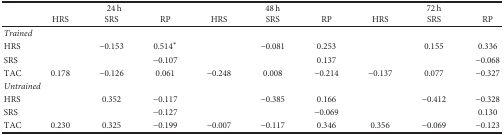
<table><thead><tr><td rowspan="2"></td><td colspan="3"><b>24 h</b></td><td colspan="3"><b>48 h</b></td><td colspan="3"><b>72 h</b></td></tr><tr><td><b>HRS</b></td><td><b>SRS</b></td><td><b>RP</b></td><td><b>HRS</b></td><td><b>SRS</b></td><td><b>RP</b></td><td><b>HRS</b></td><td><b>SRS</b></td><td><b>RP</b></td></tr></thead><tbody><tr><td colspan="10"><i>Trained</i></td></tr><tr><td>HRS</td><td></td><td>−0.153</td><td>0.514<sup>∗</sup></td><td></td><td>−0.081</td><td>0.253</td><td></td><td>0.155</td><td>0.336</td></tr><tr><td>SRS</td><td></td><td></td><td>−0.107</td><td></td><td></td><td>0.137</td><td></td><td></td><td>−0.068</td></tr><tr><td>TAC</td><td>0.178</td><td>−0.126</td><td>0.061</td><td>−0.248</td><td>0.008</td><td>−0.214</td><td>−0.137</td><td>0.077</td><td>−0.327</td></tr><tr><td colspan="10"><i>Untrained</i></td></tr><tr><td>HRS</td><td></td><td>0.352</td><td>−0.117</td><td></td><td>−0.385</td><td>0.166</td><td></td><td>−0.412</td><td>−0.328</td></tr><tr><td>SRS</td><td></td><td></td><td>−0.127</td><td></td><td></td><td>−0.069</td><td></td><td></td><td>0.130</td></tr><tr><td>TAC</td><td>0.230</td><td>0.325</td><td>−0.199</td><td>−0.007</td><td>−0.117</td><td>0.346</td><td>0.356</td><td>−0.069</td><td>−0.123</td></tr></tbody></table>